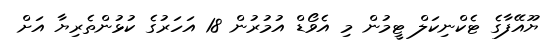
ޔޫއޭފާގެ ޓެކްނިކަލް ޓީމުން މި އެވޯޑް އުމުރުން 18 އަހަރުގެ ކުޅުންތެރިޔާ އަށް